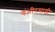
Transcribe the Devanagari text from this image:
गंभीरसाठी